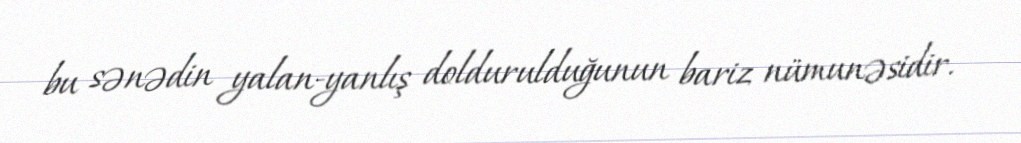
bu sənədin yalan-yanlış doldurulduğunun bariz nümunəsidir.